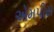
એમપીસ